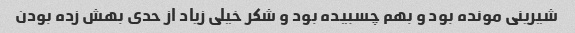
شیرینی مونده بود و بهم چسبیده بود و شکر خیلی زیاد از حدی بهش زده بودن